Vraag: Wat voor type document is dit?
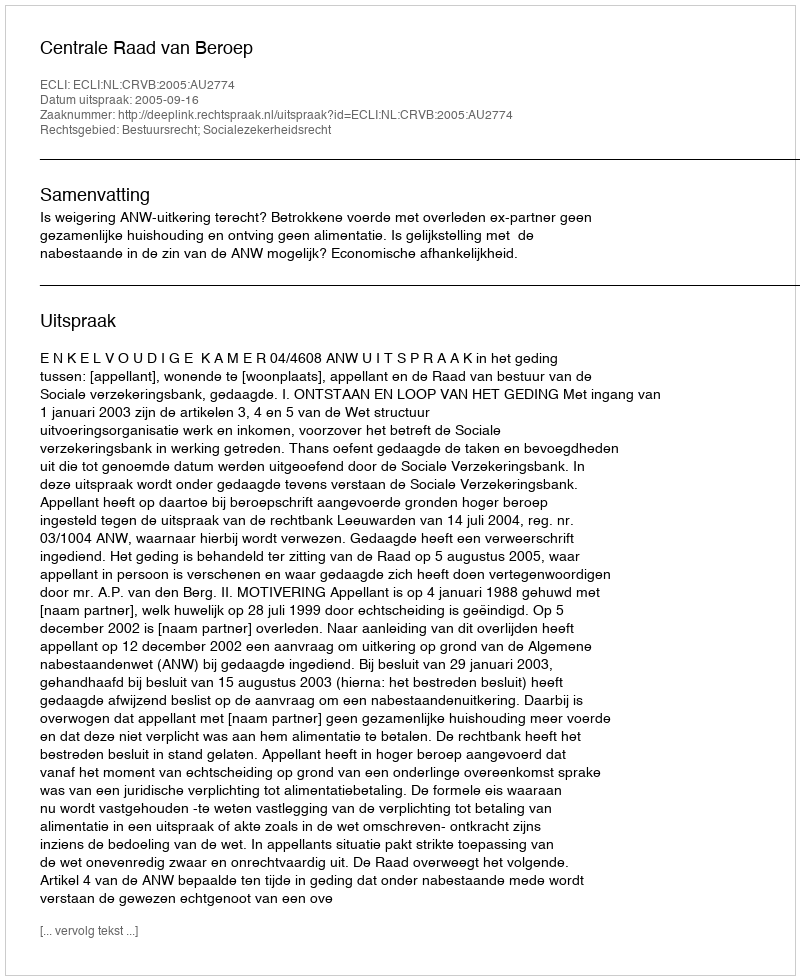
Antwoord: Uitspraak